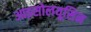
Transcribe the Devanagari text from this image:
आइसोलयूसिन